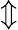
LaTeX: \Updownarrow